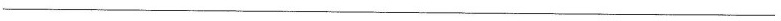
___